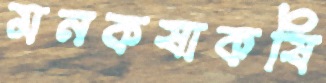
মনকষাকষি